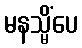
မနသ္မိံပေ